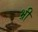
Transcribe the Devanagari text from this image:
भ्री